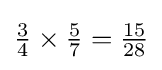
{\tfrac {3}{4}}\times {\tfrac {5}{7}}={\tfrac {15}{28}}